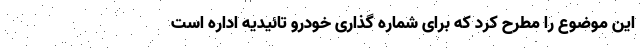
این موضوع را مطرح کرد که برای شماره گذاری خودرو تائیدیه اداره است